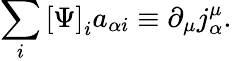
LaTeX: \sum_{i}\left[\Psi\right]_{i}a_{\alpha i}\equiv\partial_{\mu}j_{\alpha}^{\mu}.